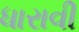
ધારાવી